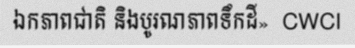
ឯកភាពជាតិ និងបូរណភាពទឹកដី»  CWCI